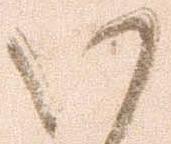
い